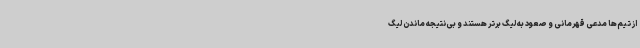
از تیم‌ها مدعی قهرمانی و صعود به لیگ برتر هستند و بی‌نتیجه ماندن لیگ